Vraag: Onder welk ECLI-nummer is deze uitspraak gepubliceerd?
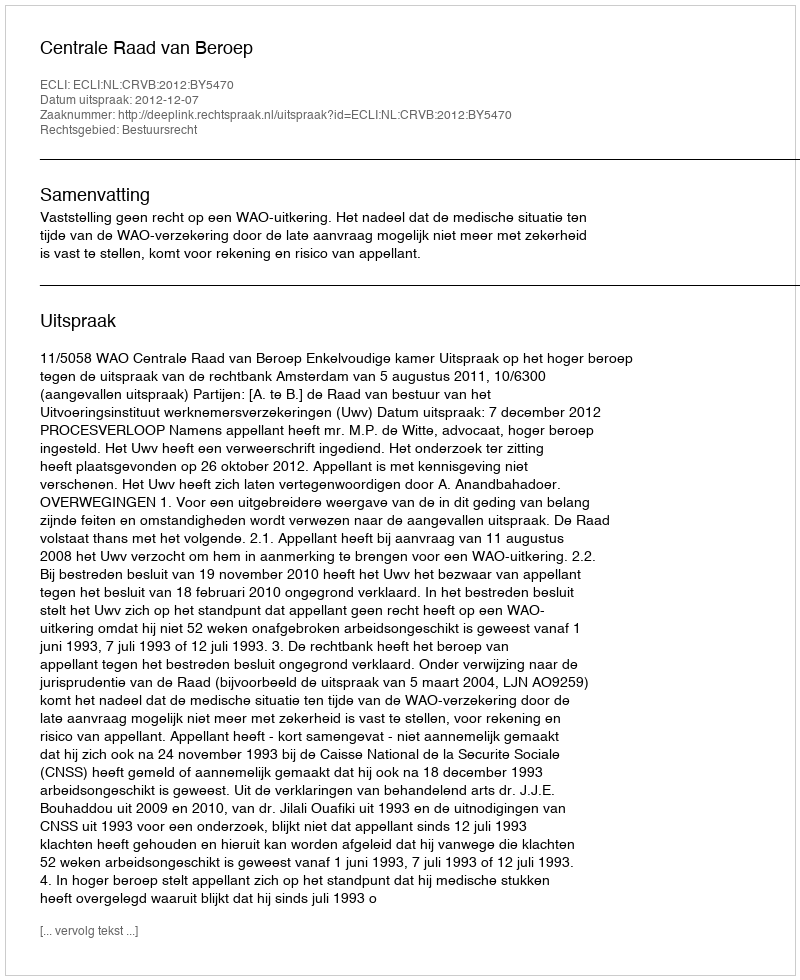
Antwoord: ECLI:NL:CRVB:2012:BY5470